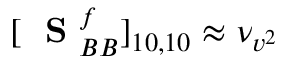
[ \mathrm { ~ \bf ~ S ~ } _ { B B } ^ { f } ] _ { 1 0 , 1 0 } \approx \nu _ { v ^ { 2 } }